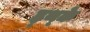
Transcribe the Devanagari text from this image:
ह्थ्के